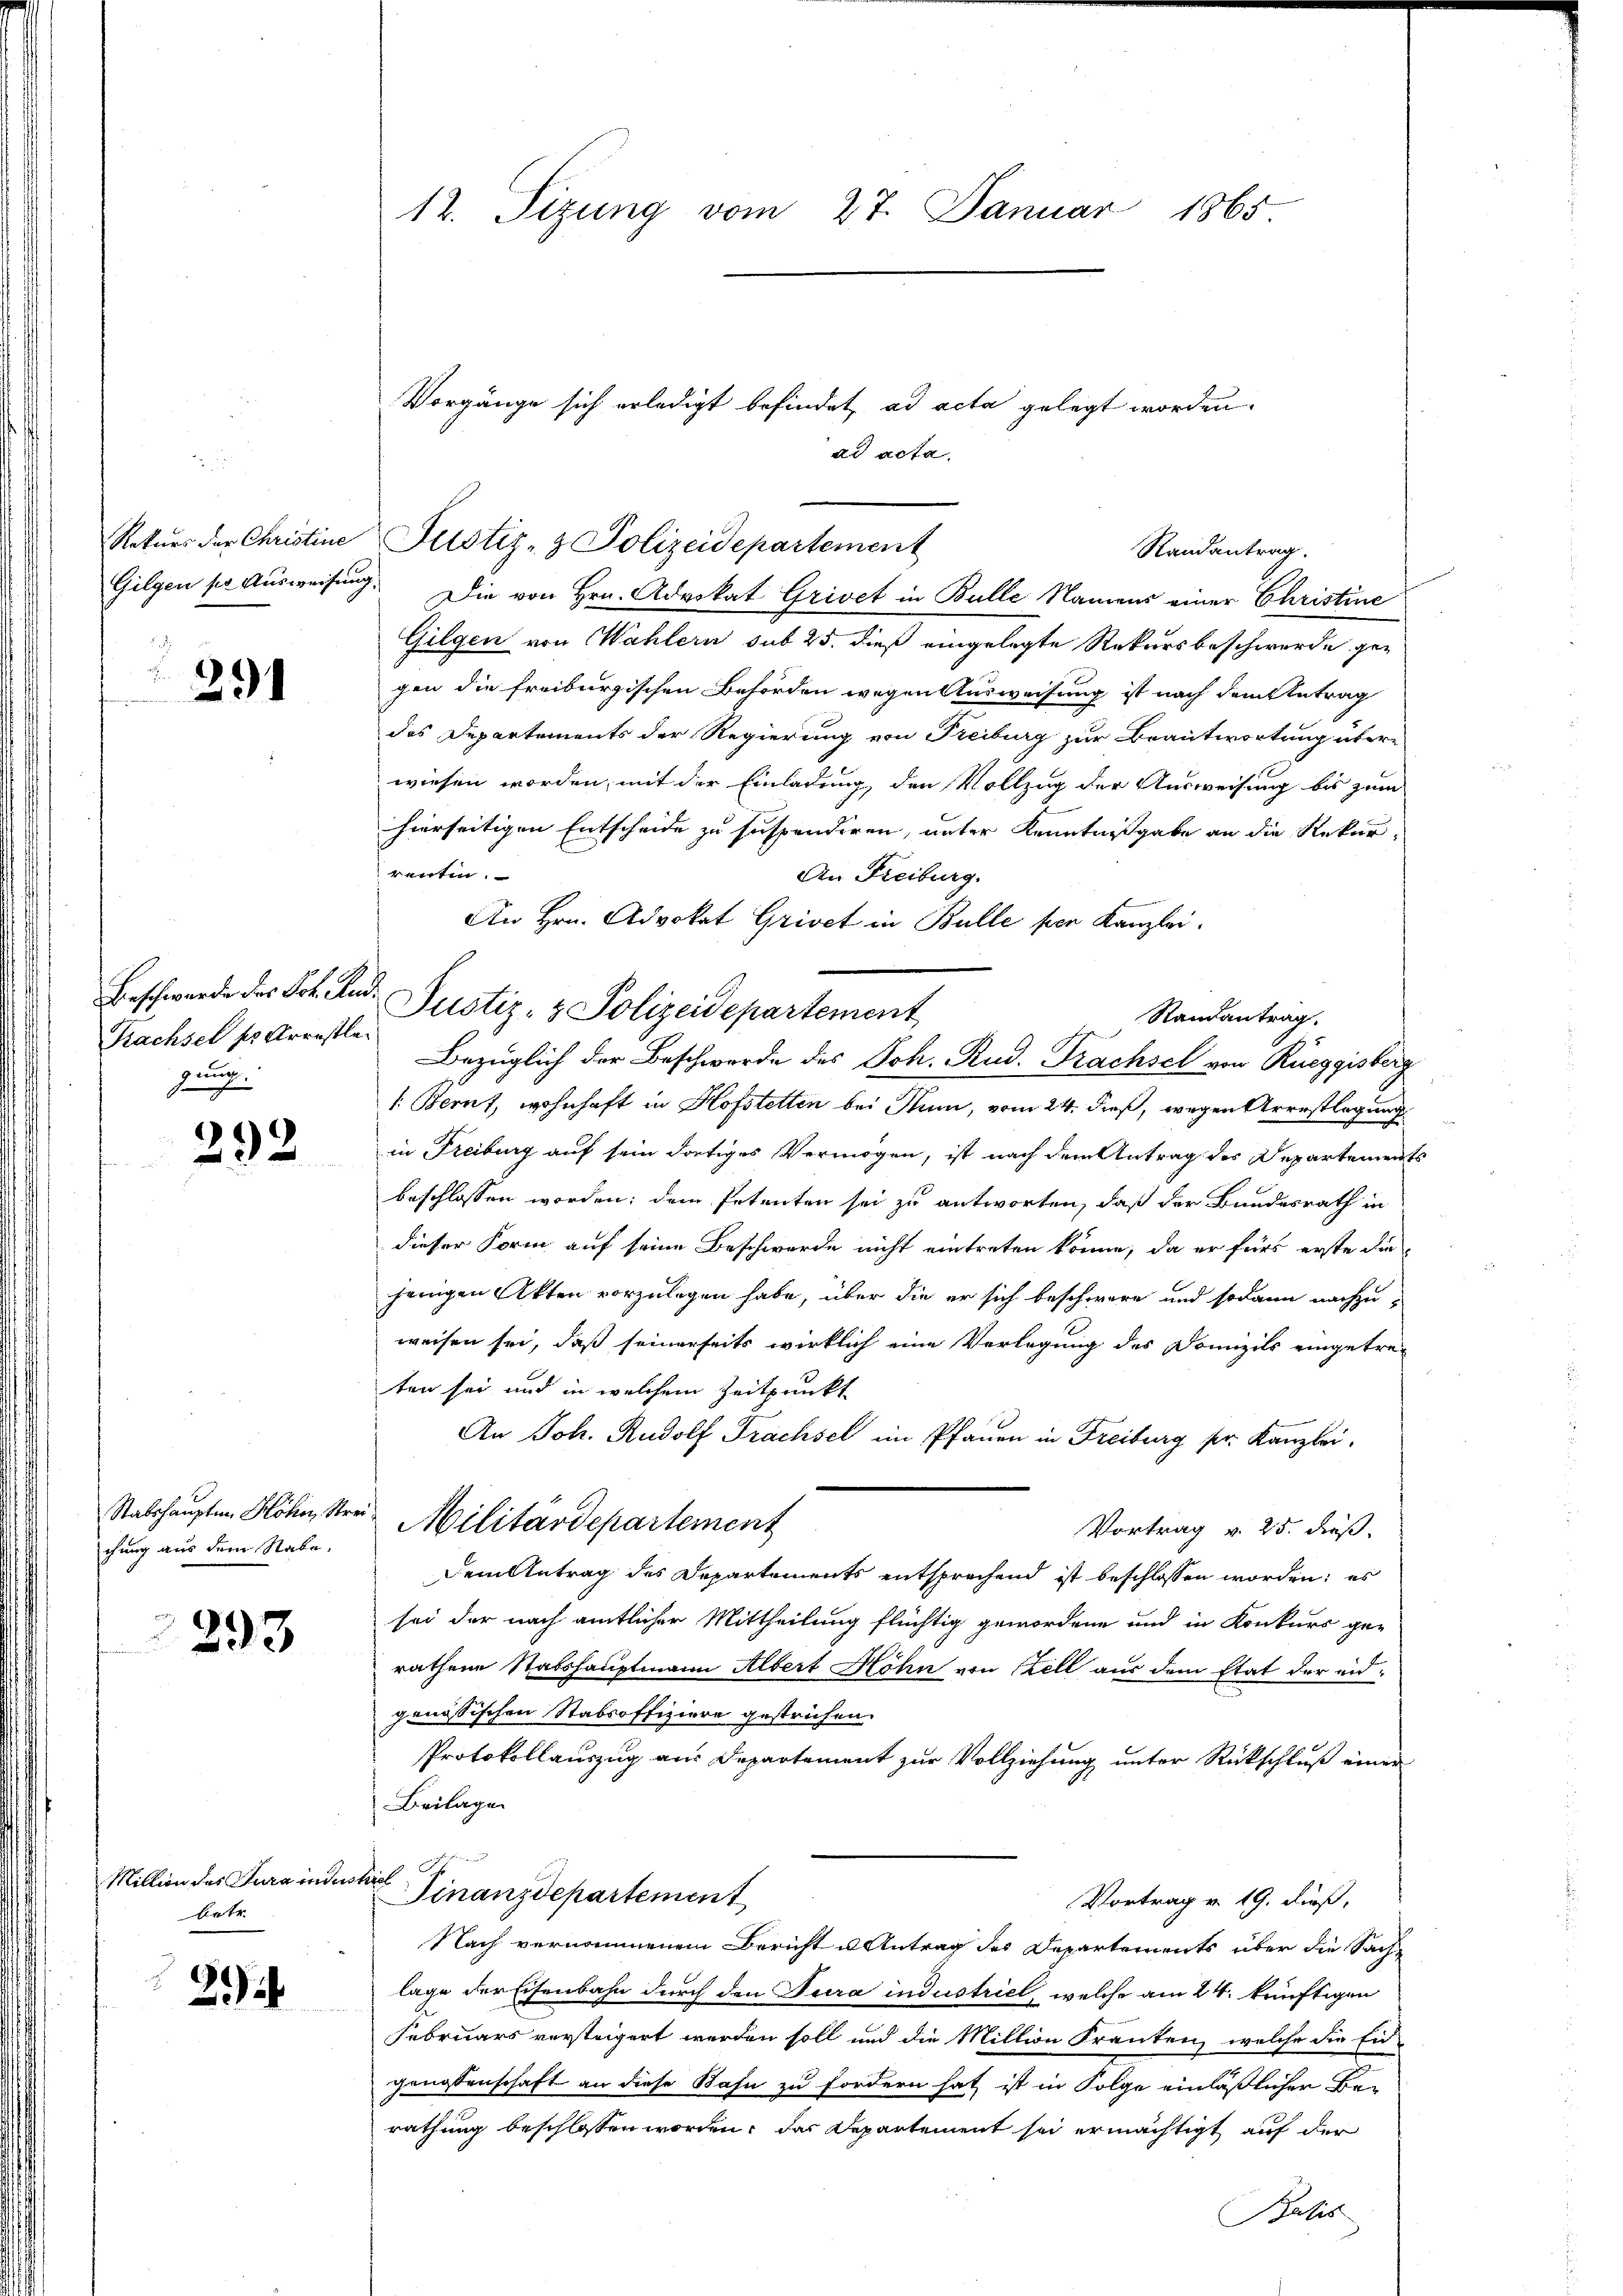
Rekurs der Christine
Gilgen so Ausweisung

291

Beschwerde des Joh. Ru
Krachsel so Arrestler
guug

292

Stabshaupten Höhe, Strei
chung aus dem Stabe,

293

Million des Jura indes
betr.

2.)

12. Sizung vom 27. Januar 1865

Justiz- & Polizeidepartement

Die von Hrn. Advokat Grivet in Bulle Namens einer Christine
Gilgen von Wahlern sub 25. dieß eingelegte Rekursbeschwerde ge-
gen die freiburgischen Behörden wegen Ausweisung ist nach dem Betrag
des Departements der Regierung von Freiburg zur Beantwortung übere
wiesen worden, mit der Einladung, den Vollzug der Ausweisung bis zum
hierseitigen Entscheide zu suspendiren, unter Kenntnisgabe an die Rekur-
renten.
An Freiburg.
An Hrn. Advokat Grivct in Bulle von Kanzlei.
Justiz- & Polizeidepartement
Randantrag.
Bezüglich der Beschwerde des Joh. Rud. Trachsel von Rüeggisberg
1: Bernt, wohnhaft in Hofstetten bei Stum, vom 24. dieß, wegen Arrestlegung
in Freiburg auf sein dortiges Vermögen, ist nach dem Antrag des Departements
beschlossen worden; dem Petenten sei zu antworten, daß der Bundesrath in
dieser Form auf seine Beschwerde nicht eintreten könne, da er fürs erste die
jenigen Akten vorzulegen habe, über die er sich beschwere und sodann nachzu-
weisen sei, daß seinerseits wirklich eine Verlegung des Domizils eingetre-
ten sei und in welchem Zeitpunkt
An Joh. Rudolf Trachsel im Pfauen in Freiburg pr. Kanzlei.
Militärdepartement
Vortrag v. 25. dieß.
Dem Antrag des Departements entsprechend ist beschlossen worden; es
sei der nach amtlicher Mittheilung flüchtig gewordene und in Konkurs gerathene Stabshauptmann Albert Höhn von Stell aus dem Etat der eidgenössischen Stabsoffiziere gestrichen.
Protokollauszug aus Departement zur Vollziehung unter Rückschluß einer
Beilage
A
il
Finanzdepartement
Vortrag v. 19. dieß,
Nach vernommenem Bericht u Antrag des Departements über die Sache
lage der Eisenbahn durch den Fura industriel, welche am 24. künftigen
Februars versteigert werden soll und die Million Franken, welche die Ein-
genossenschaft an diese Bahn zu fordern hat ist in Folge einläßlicher Berathung beschlossen worden, das Departement sei ermächtigt auf der
Pasis

Vorgänge sich erledigt befindet, ad acta gelegt worden.
ad acta

Randantrag.